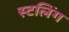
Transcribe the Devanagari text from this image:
स्टलिंग